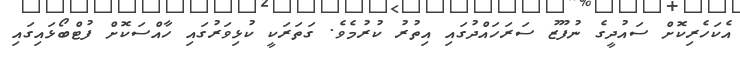
އެކަހެރިކޮށް ސައުދީގެ ނުފޫޒު ސަރަހައްދުގައި އިތުރު ކުރުމެވެ. ގަތަރަކީ ކުޅިވަރުގައި ހާއްސަކޮށް ފުޓްބޯޅައިގައި